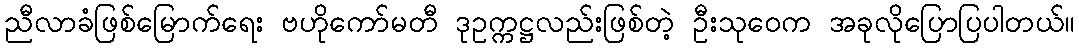
ညီလာခံဖြစ်မြောက်ရေး ဗဟိုကော်မတီ ဒုဥက္ကဋ္ဌလည်းဖြစ်တဲ့ ဦးသုဝေက အခုလိုပြောပြပါတယ်။